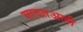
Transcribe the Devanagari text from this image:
सादतअली